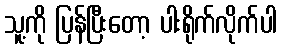
သူ့ကို ပြန်ပြီးတော့ ပါးရိုက်လိုက်ပါ